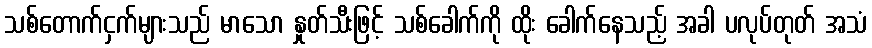
သစ်တောက်ငှက်များသည် မာသော နှုတ်သီးဖြင့် သစ်ခေါက်ကို ထိုး ခေါက်နေသည့် အခါ ပလုပ်တုတ် အသံ